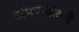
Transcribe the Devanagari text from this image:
टोमण्यांकडे